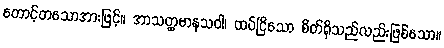
တောင့်တသောအားဖြင့်။ အာသတ္ထမာနသဝါ၊ ထပ်ငြိသော စိတ်ရှိသည်လည်းဖြစ်သော။